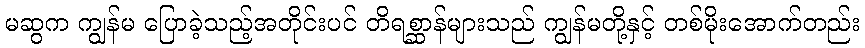
မဆွက ကျွန်မ ပြောခဲ့သည့်အတိုင်းပင် တိရစ္ဆာန်များသည် ကျွန်မတို့နှင့် တစ်မိုးအောက်တည်း